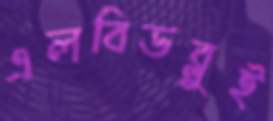
এলবিডব্লুই